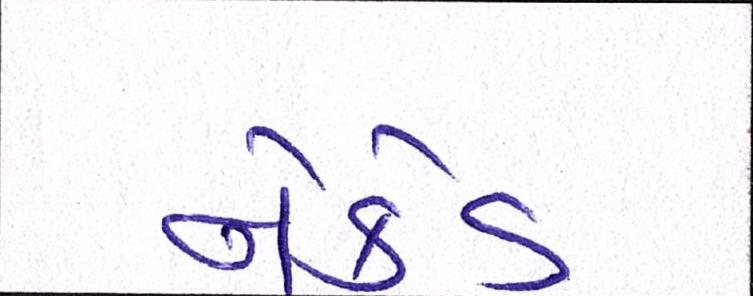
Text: નેકેડ